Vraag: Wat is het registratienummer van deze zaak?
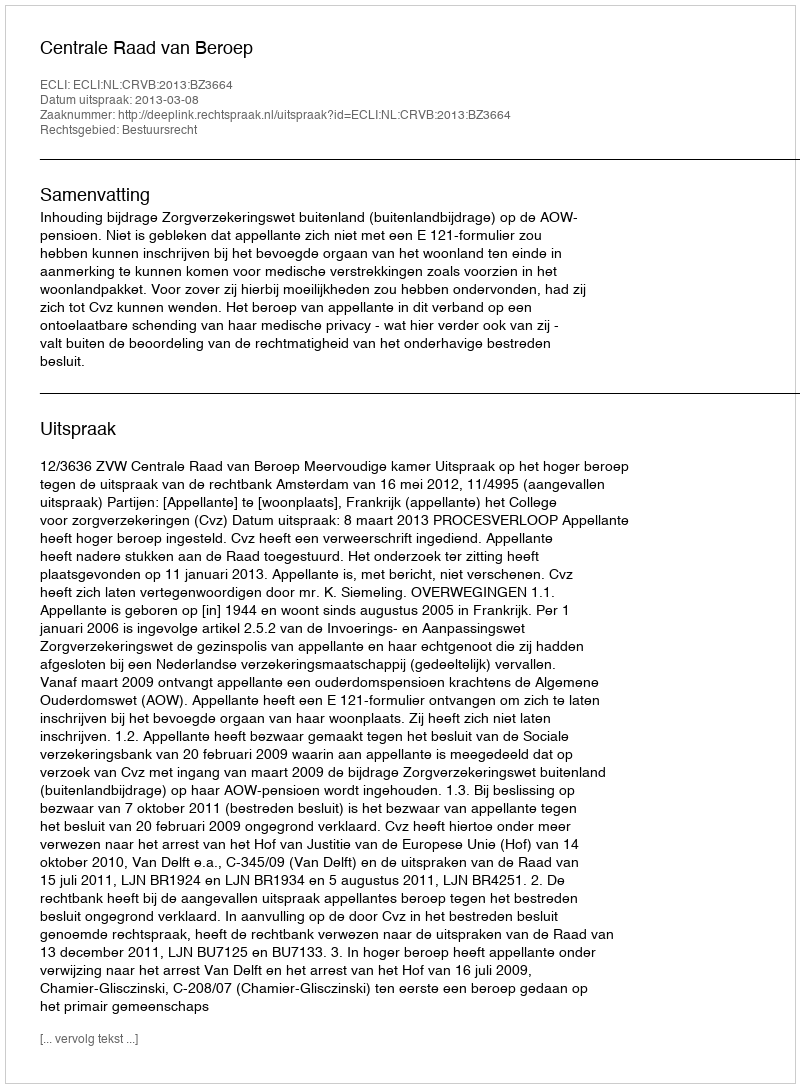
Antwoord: http://deeplink.rechtspraak.nl/uitspraak?id=ECLI:NL:CRVB:2013:BZ3664